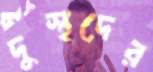
দুস্থদের